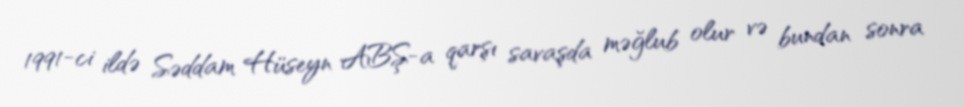
1991-ci ildə Səddam Hüseyn ABŞ-a qarşı savaşda məğlub olur və bundan sonra